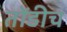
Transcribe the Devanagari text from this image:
तोंडीच